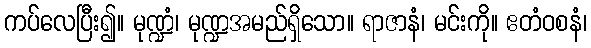
ကပ်လေပြီး၍။ မုဏ္ဍံ၊ မုဏ္ဍအမည်ရှိသော။ ရာဇာနံ၊ မင်းကို။ ဧတံဝစနံ၊